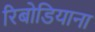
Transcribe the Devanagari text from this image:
रिबोडियाना